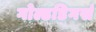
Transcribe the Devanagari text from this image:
गोल्डडिगर्स